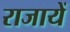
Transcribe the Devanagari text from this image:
राजायें